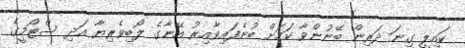
ކައިލީ ގިނަ ދަރިން ބޭނުންވާ ކަމަށް ބުނެފައިވާއިރު އޭނާގެ ލޯބިވެރިޔާ އަދި ސްޓޯމީގެ